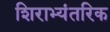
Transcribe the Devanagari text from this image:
शिराभ्यंतरिक